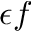
\epsilon f